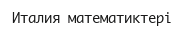
Италия математиктері